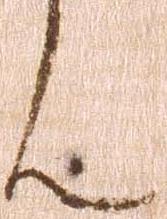
ん